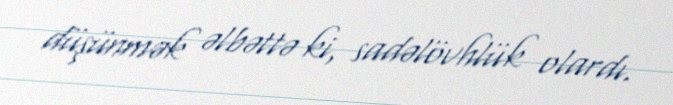
düşünmək əlbəttə ki, sadəlövhlük olardı.